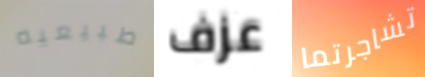
طبيعيه عزف تشاجرتما